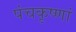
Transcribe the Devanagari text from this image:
पंचकृष्णां